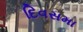
દિવસમા